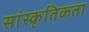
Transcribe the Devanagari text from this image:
सांस्कृतिकता